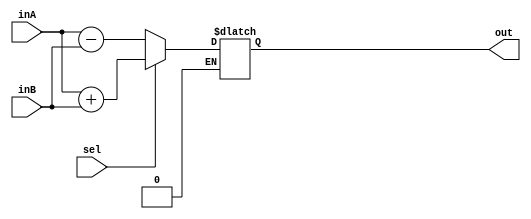
`timescale 1ns / 1ps
//////////////////////////////////////////////////////////////////////////////////
// Company: Bremser Irfan Cornidez Industries
// Engineer: 
// Christopher W Bremser 33%
// Haseeb Irfan 33%
// Alan Manuel Loreto Cornidez 33%
// Ali Akoglu 1% 
// Design Name: 
// Module Name: adder_subber
// Project Name: 
// Target Devices: 
// Tool Versions: 
// Description: 
// 
// Dependencies: 
// 
// Revision:
// Revision 0.01 - File Created
// Additional Comments:
// 
//////////////////////////////////////////////////////////////////////////////////


module adder_subber(inA, inB, sel, out);
input [63:0] inA;
input [63:0] inB; 
input sel; 

output reg [63:0] out; 
always @ (*)

if (sel == 1)begin
    out <= inA + inB; 
end

else if (sel == 0) begin
    out <= inA - inB;
end

endmodule